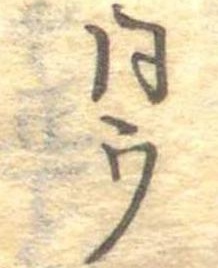
同ウ